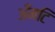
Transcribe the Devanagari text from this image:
अँमटि